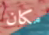
مكان